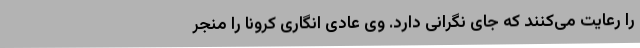
را رعایت می‌کنند که جای نگرانی دارد. وی عادی انگاری کرونا را منجر